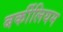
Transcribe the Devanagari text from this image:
बर्कीलियम